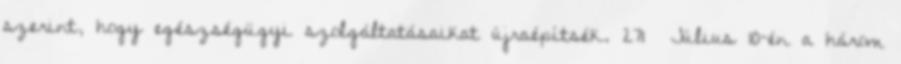
szerint, hogy egészségügyi szolgáltatásaikat újraépítsék. 271 Július 10-én a három